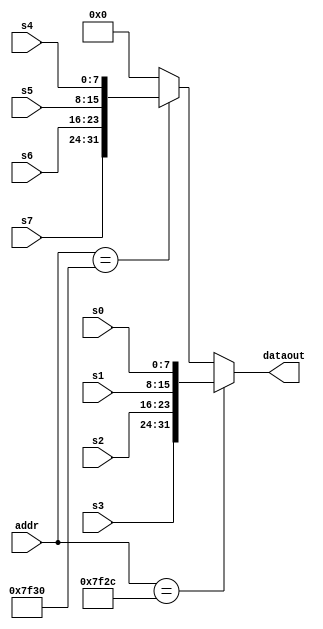
`timescale 1ns / 1ps
//////////////////////////////////////////////////////////////////////////////////
// Company: 
// Engineer: 
// 
// Design Name: 
// Module Name:    DEV 
// Project Name: 
// Target Devices: 
// Tool versions: 
// Description: 
//
// Dependencies: 
//
// Revision: 
// Revision 0.01 - File Created
// Additional Comments: 
//
//////////////////////////////////////////////////////////////////////////////////

module Switch64_driver(
	input [31:0] addr,
	input [7:0] s0, s1, s2, s3, s4, s5, s6, s7,
	output [31:0] dataout
	);
	
	assign dataout = (addr == 32'h00007f2c)? {s3,s2,s1,s0}:
						  (addr == 32'h00007f30)? {s7,s6,s5,s4}:
																			0;

endmodule

module LED_driver(
	input clk,
	input reset,
	
	input [31:0] datain,

	input We,
	output [31:0] dataout, LED_light
    );
	
	reg [31:0] LED;
	
	always@(posedge clk)
		begin
			if(reset)
				LED <= 0;
			else if(We)
				LED <= datain;
		end
		
	assign dataout = LED;
	assign LED_light = ~LED;

endmodule
//
module Userinput_driver(
	input [7:0] user_key,
	output [31:0] dataout
    );

	assign dataout = {24'b0, user_key};
endmodule